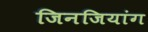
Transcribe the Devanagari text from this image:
जिनजियांग